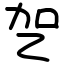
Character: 乫